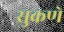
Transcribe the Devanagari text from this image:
सुकणे